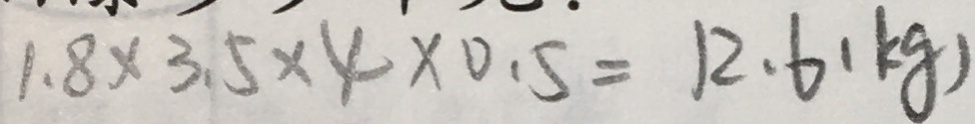
1 . 8 \times 3 . 5 \times 4 \times 0 . 5 = 1 2 . 6 ( k g )